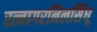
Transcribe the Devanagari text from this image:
रत्नागरनिलसिंधू